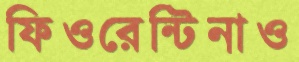
ফিওরেন্টিনাও